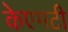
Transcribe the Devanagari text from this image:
केएमटी